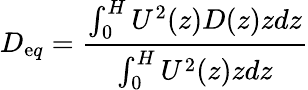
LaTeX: D_{\mathrm{e}q}=\frac{{\int_{0}^{H}U^{2}(z)D(z)zdz}}{{\int_{0}^{H}U^{2}(z)zdz}}